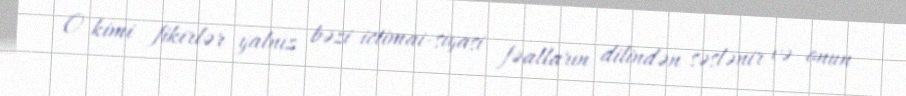
O kimi fikirlər yalnız bəzi ictimai-siyasi fəalların dilindən səslənir və onun